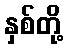
နှစ်တို့